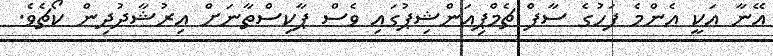
އޭނާ އަކީ އެންމެ ފަހުގެ ސާފް ޗެމްޕިއަންޝިޕުގައި ވެސް ޕާކިސްތާނަށް އިރުޝާދުދިން ކޯޗެވެ.